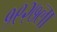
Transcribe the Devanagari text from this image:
१९२७ला